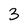
Character: 3